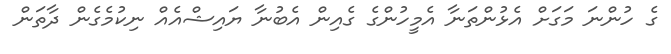
ގެ ހުންނަ މަގަށް އެޅުންތަނާ އެމީހުންގެ ގެއިން އެބުނާ ޔައިޝްއެއް ނިކުމެގެން ދާތަން